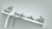
ضميرك